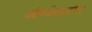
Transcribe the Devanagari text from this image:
ऑब्जेक्टडॉक